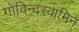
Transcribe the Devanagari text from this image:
गोविन्दस्वामिन्